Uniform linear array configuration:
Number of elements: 8
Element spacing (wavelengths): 0.75
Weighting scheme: uniform
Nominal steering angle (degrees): -45
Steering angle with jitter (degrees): -46.491
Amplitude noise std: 0.05
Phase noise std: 0.05

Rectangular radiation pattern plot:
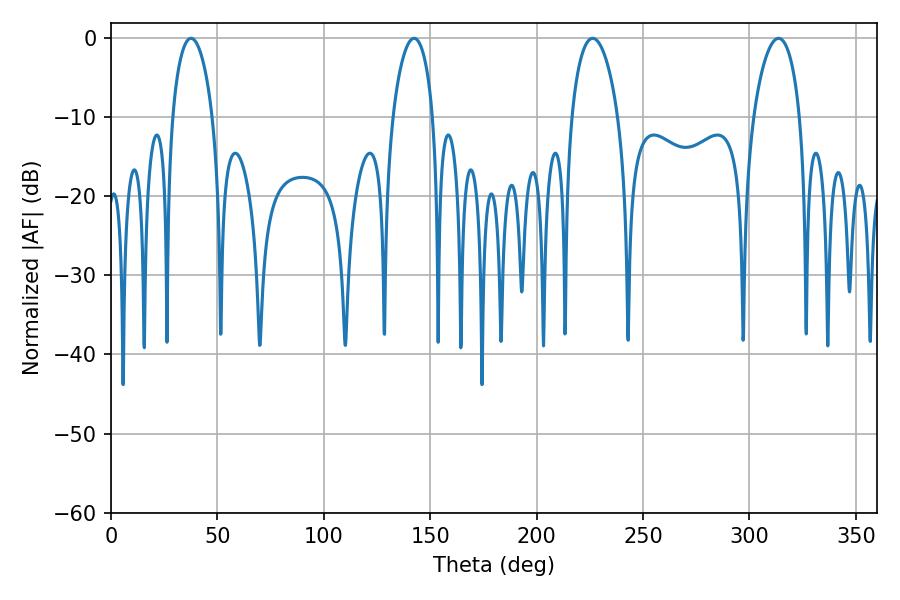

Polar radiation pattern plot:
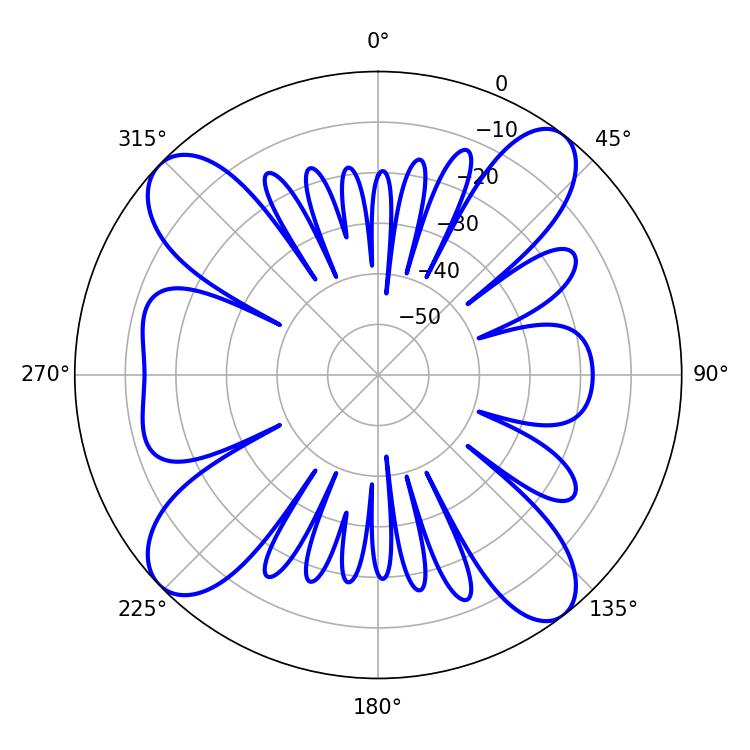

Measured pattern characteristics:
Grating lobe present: TRUE
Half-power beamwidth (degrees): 10.8
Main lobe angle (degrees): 37.62